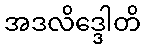
အဒလိဒ္ဒေါတိ